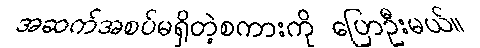
အဆက်အစပ်မရှိတဲ့စကားကို ပြောဦးမယ်။